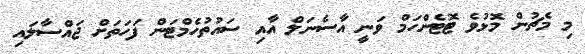
މި މެޗުން މޮޅުވެ ޓޮޓެންހަމް ވަނީ އާސެނަލް އާއި ސައުތުހެމްޓަން ފަހަތަށް ޖައްސާލައި